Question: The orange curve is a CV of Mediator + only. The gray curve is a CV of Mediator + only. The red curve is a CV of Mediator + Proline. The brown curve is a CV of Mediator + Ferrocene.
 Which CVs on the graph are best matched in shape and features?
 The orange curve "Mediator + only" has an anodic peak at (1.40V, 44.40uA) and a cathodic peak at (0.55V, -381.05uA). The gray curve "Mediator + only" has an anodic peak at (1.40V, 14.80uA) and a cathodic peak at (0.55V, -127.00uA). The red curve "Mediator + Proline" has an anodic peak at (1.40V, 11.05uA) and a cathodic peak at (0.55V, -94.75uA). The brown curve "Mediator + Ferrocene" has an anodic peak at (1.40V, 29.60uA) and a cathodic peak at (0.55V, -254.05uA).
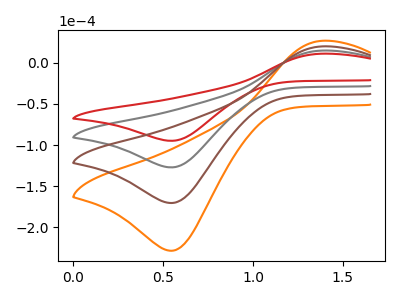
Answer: <think>All the peaks in "Mediator + only" have a peak in "Mediator + only" at the same potential. Every peak in "Mediator + only" is higher than every peak in "Mediator + only". All the peaks in "Mediator + only" have a peak in "Mediator + Proline" at the same potential. Every peak in "Mediator + only" is higher than every peak in "Mediator + Proline". All the peaks in "Mediator + only" have a peak in "Mediator + Ferrocene" at the same potential. Every peak in "Mediator + only" is higher than every peak in "Mediator + Ferrocene". All the peaks in "Mediator + only" have a peak in "Mediator + Proline" at the same potential. Every peak in "Mediator + only" is higher than every peak in "Mediator + Proline". All the peaks in "Mediator + only" have a peak in "Mediator + Ferrocene" at the same potential. Every peak in "Mediator + only" is lower than every peak in "Mediator + Ferrocene". All the peaks in "Mediator + Proline" have a peak in "Mediator + Ferrocene" at the same potential. Every peak in "Mediator + Proline" is lower than every peak in "Mediator + Ferrocene".
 </think>
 <answer>"Mediator + Proline", "Mediator + only", "Mediator + only" and "Mediator + Ferrocene" have the same shape and are likely CV's of the same chemical.</answer>
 <eval>"Mediator + Proline" "Mediator + only" "Mediator + only" "Mediator + Ferrocene"</eval>